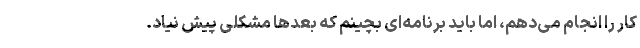
کار را انجام می‌دهم، اما باید برنامه‌ای بچینم که بعدها مشکلی پیش نیاد.